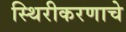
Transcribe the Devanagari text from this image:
स्थिरीकरणाचे